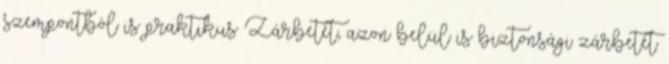
szempontból is praktikus Zárbetét, azon belül is biztonsági zárbetét